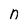
Character: n